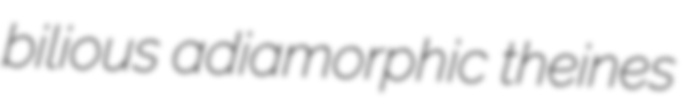
bilious adiamorphic theines